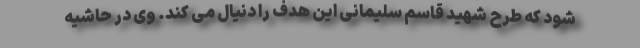
شود که طرح شهید قاسم سلیمانی این هدف را دنیال می کند. وی در حاشیه